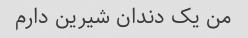
من یک دندان شیرین دارم